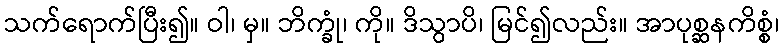
သက်ရောက်ပြီး၍။ ဝါ၊ မှ။ ဘိက္ခုံ၊ ကို။ ဒိသွာပိ၊ မြင်၍လည်း။ အာပုစ္ဆနကိစ္စံ၊